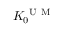
K _ { 0 } ^ { \mathrm { ~ U ~ M ~ } }